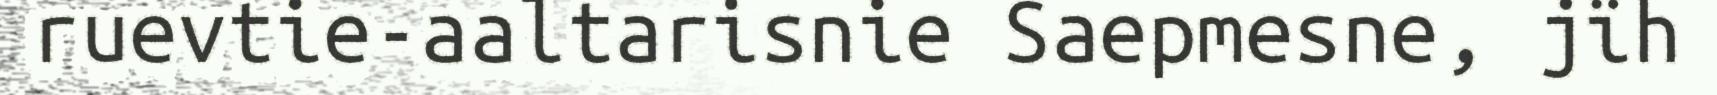
ruevtie-aaltarisnie Saepmesne, jïh